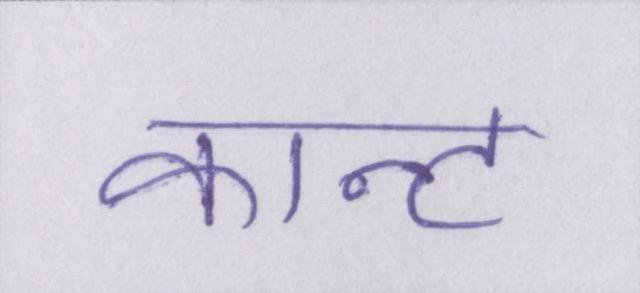
कान्ट